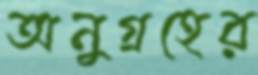
অনুগ্রহের